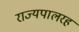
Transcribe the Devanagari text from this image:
राज्यपालरह